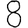
Digit: 8